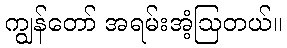
ကျွန်တော် အရမ်းအံ့ဩတယ်။